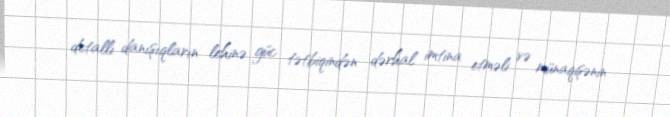
detallı danışıqların lehinə güc tətbiqindən dərhal imtina etməli və münaqişənin